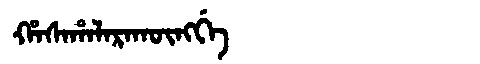
Manchu: ᡥᠠᠰᠠᡥᠠᠯᠠᡵᠠᡴᡡᠩᡤᡝ
Romanization: HASAHALARAKŪNGGE